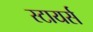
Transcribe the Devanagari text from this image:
स्टायर्स